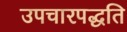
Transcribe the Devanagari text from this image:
उपचारपद्धति